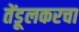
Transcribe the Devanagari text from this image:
तेंडूलकरचा